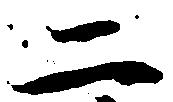
二